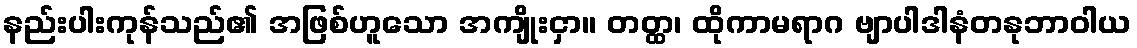
နည်းပါးကုန်သည်၏ အဖြစ်ဟူသော အကျိုးငှာ။ တတ္ထ၊ ထိုကာမရာဂ ဗျာပါဒါနံတနုဘာဝါယ